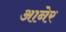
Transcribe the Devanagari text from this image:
आनेर